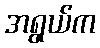
အရွယ်က